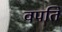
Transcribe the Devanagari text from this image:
वपति